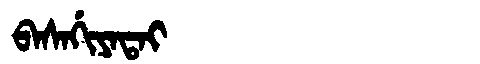
Manchu: ᠪᠠᠰᠠᡤᡳᠶᠠᡨᠠᡳ
Romanization: BASAGIYATAI